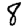
Digit: 8